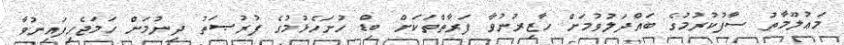
މަޢުލޫމާތު ސާފުކުރުމުގެ ބައްދަލުވުމަށް ހާޒިރުނުވާ ފަރާތްތަކަށް ބިޑް ހުށަހެޅުމުގެ ފުރުޞަތު ދިނުމަށް ހަމަޖެހިފައިނުވާ